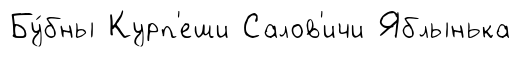
Бу́бны Курп'еши Салов'ичи Яблынька